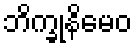
ဘိက္ခုနိမေဝ